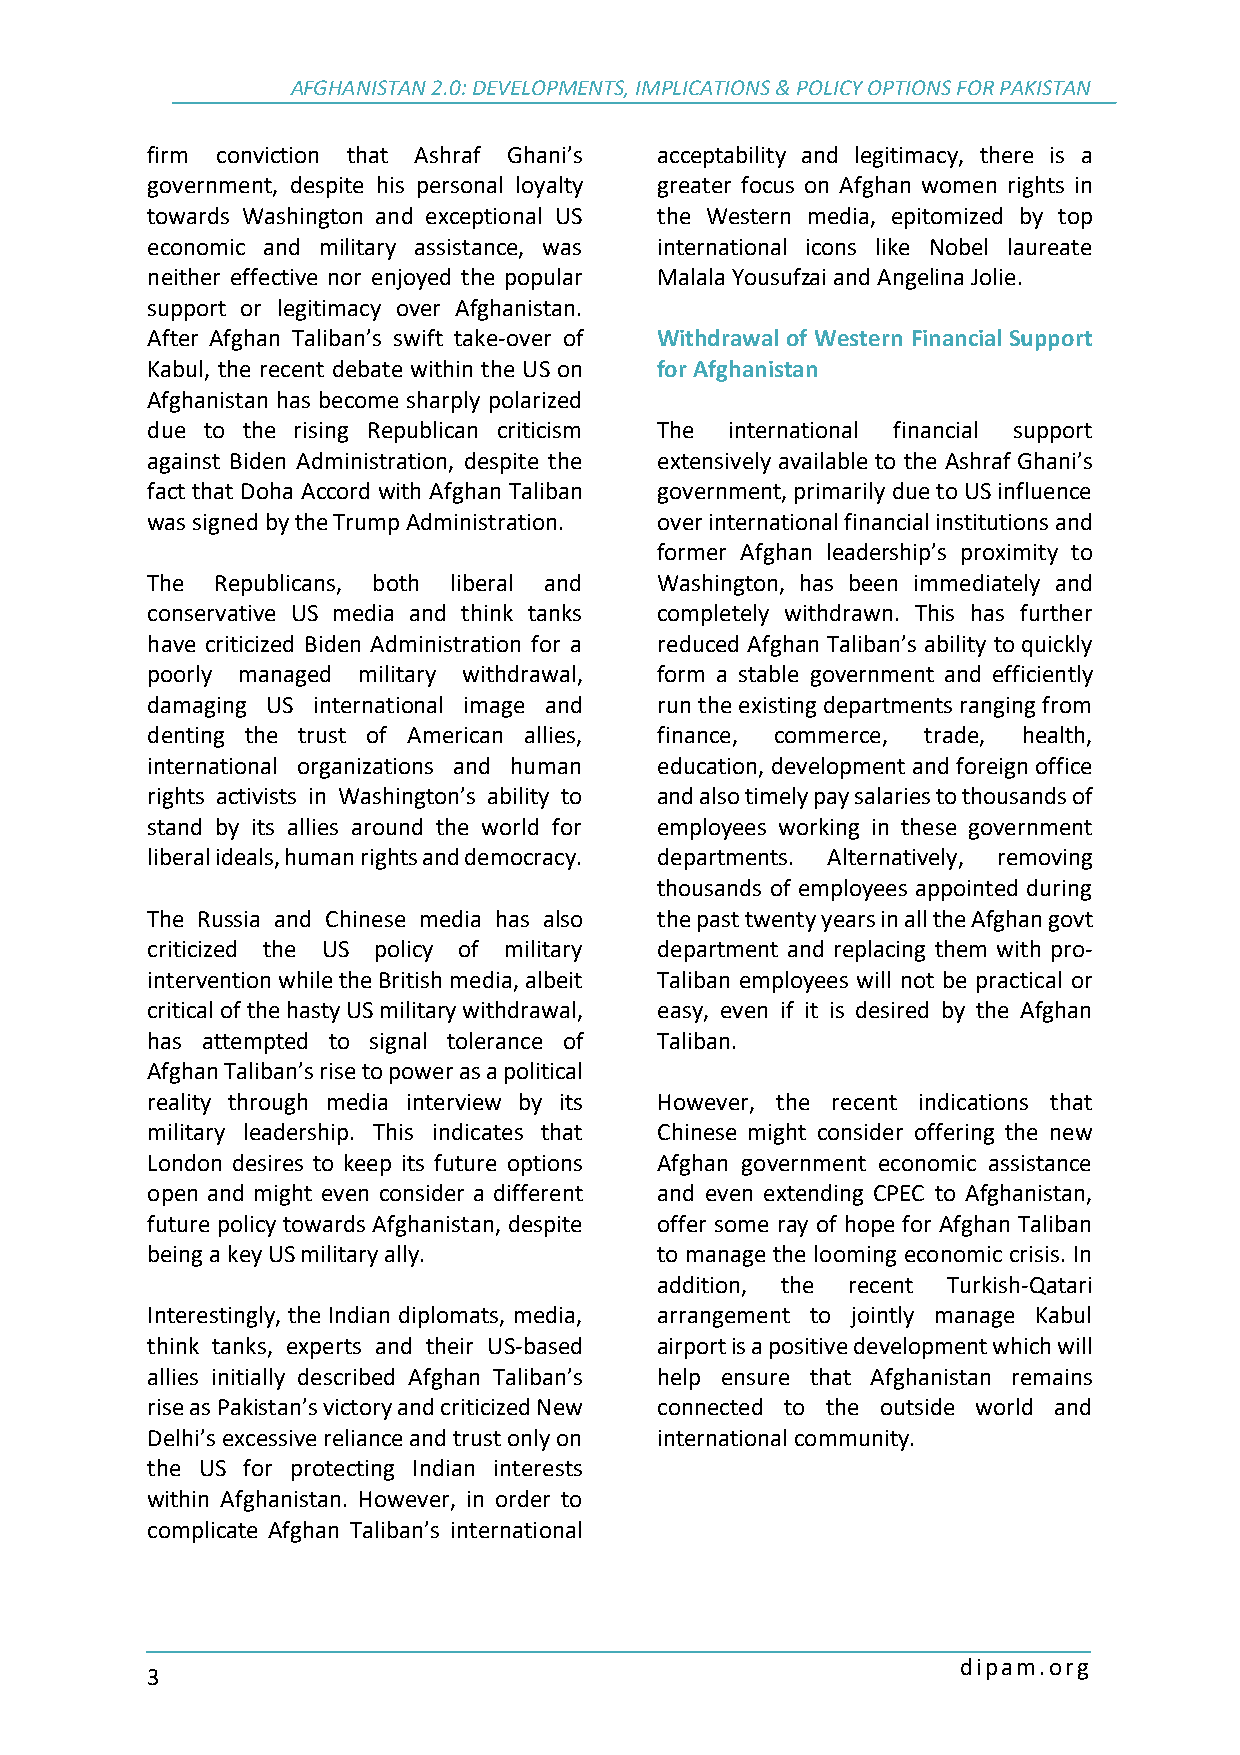
AFGHANISTAN 2.0: DEVELOPMENTS, IMPLICATIONS & POLICY OPTIONS FOR PAKISTAN
 firm conviction that Ashraf Ghani’s acceptability and legitimacy, there is a
 government, despite his personal loyalty greater focus on Afghan women rights in
 towards Washington and exceptional US the Western media, epitomized by top
 economic and military assistance, was international icons like Nobel laureate
 neither effective nor enjoyed the popular Malala Yousufzai and Angelina Jolie.
 support or legitimacy over Afghanistan.
 After Afghan Taliban’s swift take-over of Withdrawal of Western Financial Support
 Kabul, the recent debate within the US on for Afghanistan
 Afghanistan has become sharply polarized
 due to the rising Republican criticism The international financial support
 against Biden Administration, despite the extensively available to the Ashraf Ghani’s
 fact that Doha Accord with Afghan Taliban government, primarily due to US influence
 was signed by the Trump Administration. over international financial institutions and
 former Afghan leadership’s proximity to
 The Republicans, both liberal and Washington, has been immediately and
 conservative US media and think tanks completely withdrawn. This has further
 have criticized Biden Administration for a reduced Afghan Taliban’s ability to quickly
 poorly managed military withdrawal, form a stable government and efficiently
 damaging US international image and run the existing departments ranging from
 denting the trust of American allies, finance, commerce, trade, health,
 international organizations and human education, development and foreign office
 rights activists in Washington’s ability to and also timely pay salaries to thousands of
 stand by its allies around the world for employees working in these government
 liberal ideals, human rights and democracy. departments. Alternatively, removing
 thousands of employees appointed during
 The Russia and Chinese media has also the past twenty years in all the Afghan govt
 criticized the US policy of military department and replacing them with pro-
 intervention while the British media, albeit Taliban employees will not be practical or
 critical of the hasty US military withdrawal, easy, even if it is desired by the Afghan
 has attempted to signal tolerance of Taliban.
 Afghan Taliban’s rise to power as a political
 reality through media interview by its However, the recent indications that
 military leadership. This indicates that Chinese might consider offering the new
 London desires to keep its future options Afghan government economic assistance
 open and might even consider a different and even extending CPEC to Afghanistan,
 future policy towards Afghanistan, despite offer some ray of hope for Afghan Taliban
 being a key US military ally.     to manage the looming economic crisis. In
 addition, the recent Turkish-Qatari
 Interestingly, the Indian diplomats, media, arrangement to jointly manage Kabul
 think tanks, experts and their US-based airport is a positive development which will
 allies initially described Afghan Taliban’s help ensure that Afghanistan remains
 rise as Pakistan’s victory and criticized New connected to the outside world and
 Delhi’s excessive reliance and trust only on international community.
 the US for protecting Indian interests
 within Afghanistan. However, in order to
 complicate Afghan Taliban’s international
 dipam.org
 3